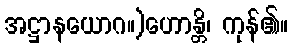
အဋ္ဌာနယောဂ။)ဟောန္တိ၊ ကုန်၏။